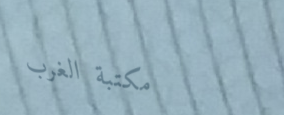
مكتبة الغرب